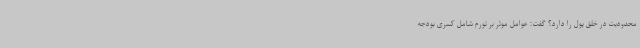
محدودیت در خلق پول را دارد؟ گفت: عوامل موثر بر تورم شامل کسری بودجه